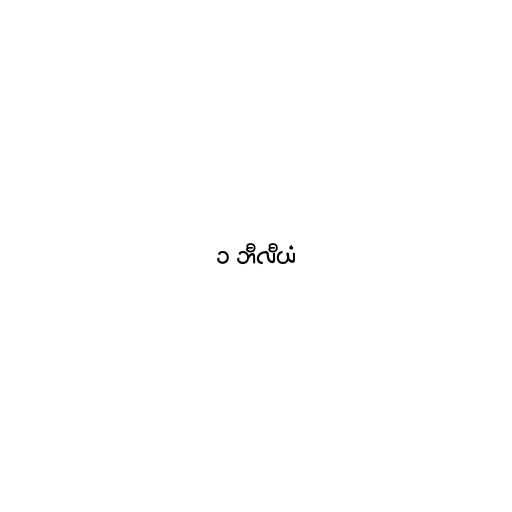
၁ ဘီလီယံ